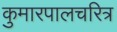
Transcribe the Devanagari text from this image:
कुमारपालचरित्र